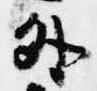
外